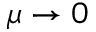
\mu \rightarrow 0